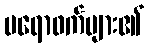
ပရောဖက်များ၏